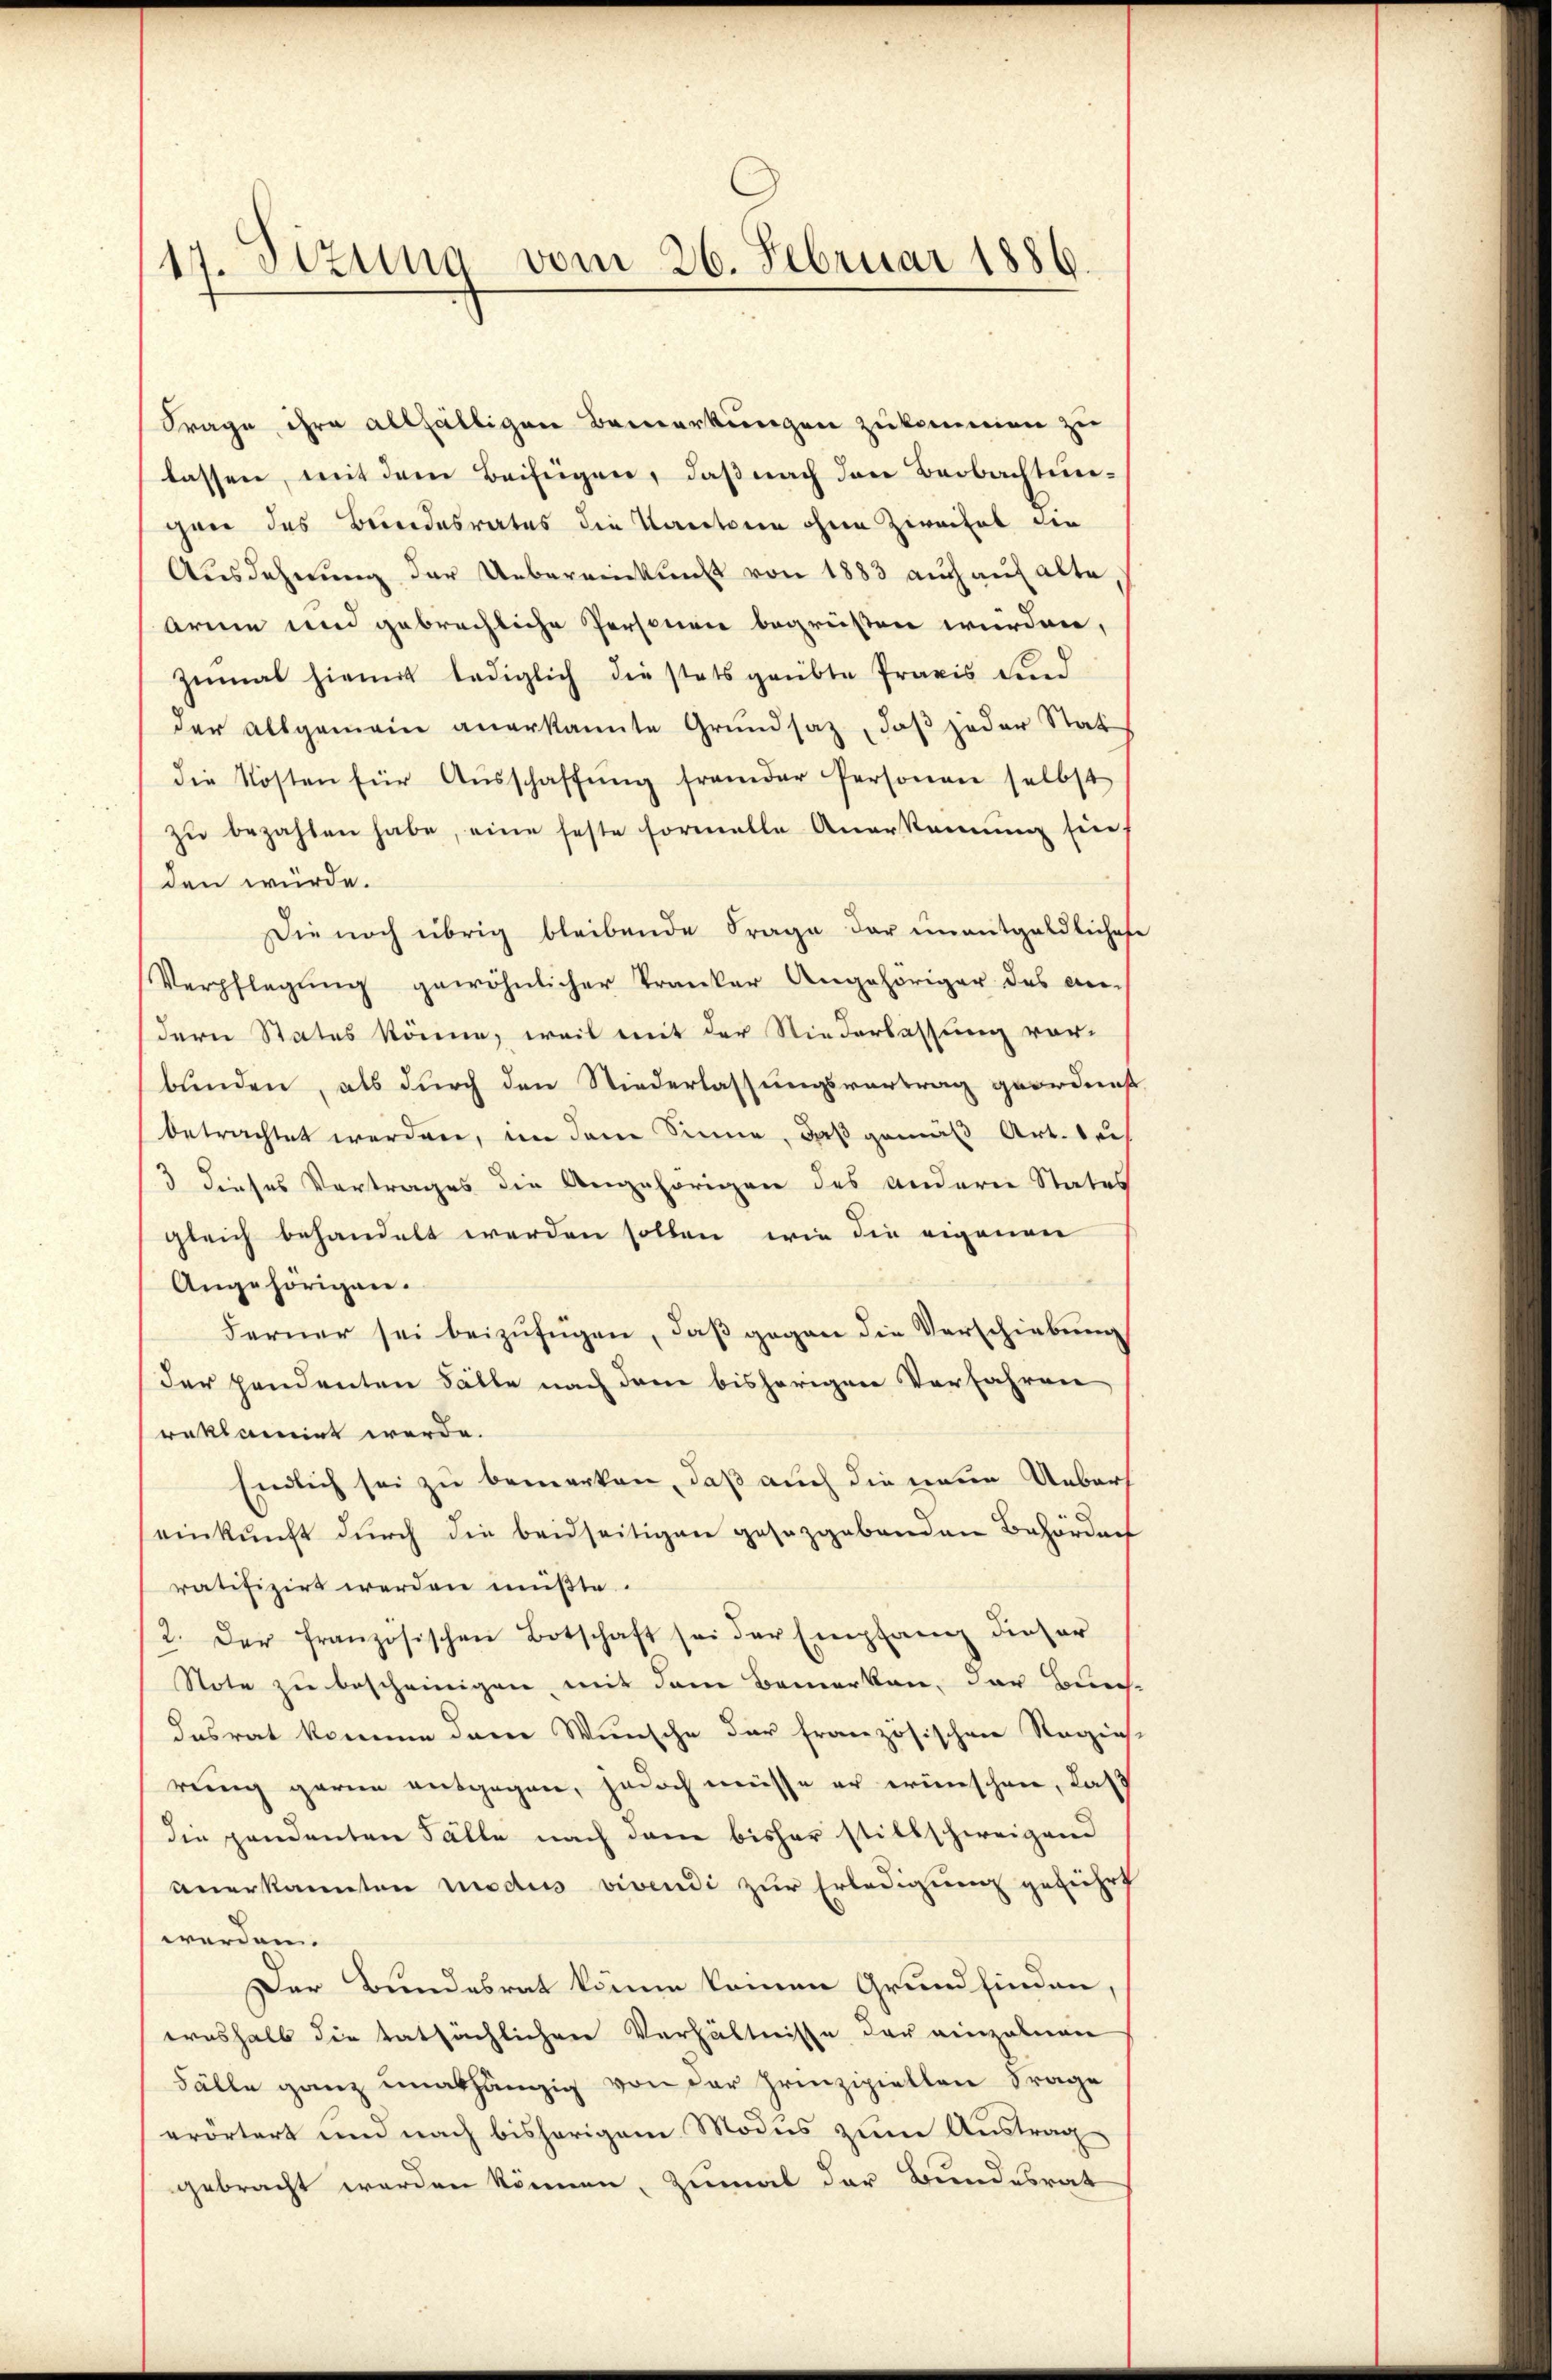
17. Sizung vom 26. Februar 1886.

Frage, ihre allfälligen Bemerkungen zukommen zu
lassen, mit dem Beifügen, daß nach den Beobachtun-
gan des Bundesrates die Kantonen ohne Zweifel die
Ausdehnung der Uebereinkunft von 1883 auch auf alte
Arme und gebrachliche Personen begrüßen würden,
zŭmal hiemit lediglich die stats geübte Praxis sind
der allgemein anerkannte Grundsaz, daß jeder Stat
die Kosten für Aŭsschaffŭng fremder Personen selbst
zŭ bezahlen habe, eine feste formelle Anerkennung sin
den würde.
Die noch übrig bleibende Frage der ŭnentgeldliches
Verpflegŭng gewöhnlicher Tranker Angehöriger des Be-
dern Status könne, weil mit der Niederlassung vorbunden, als durch den Niederlassungsvortrag geordnet
betrachtet werden, in dem Sinne, daß gemäß Art. Beis
3 dieses Vortrages die Angehörigen des andern Status
gleich behandelt werden sollen, wie die eigenen
Angehörigen.
Ferner sei beizufügen, daß gegen die Verschiebung
der Handenten Fälle nach dem bisherigen Verfahren
reklamirt werde.
Endlich sei zu bemerken, daß auch die neue Uebereinkunft durch die beidseitigen gesetzgebenden Behörden
ratifizirt werden müßte.
2. Der französischen Botschaft sei der Empfang dieser
Note zu bescheinigen, mit dem Bemerken, der Bun
desrat kommen dem Wunsche der französischen Regins-
rung gerne entgegen, jedoch müsse er wünschen, Kast
die pendenten Fälle nach dem bisher stillschweigend
anerkannten modus vivendi zur Erledigung geführt
werden.
Der Bundesrat könne keinen Grundfinden,
erashalb die tatsächlichen Verhältnisse der einzelnen
Fälle ganz unabhängig von der Prinzipiellen Frage
erörtert und nach bisherigem Modus zum Austrag
gebracht werden können, zumal der Bundesrat